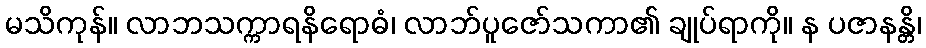
မသိကုန်။ လာဘသက္ကာရနိရောဓံ၊ လာဘ်ပူဇော်သကာ၏ ချုပ်ရာကို။ န ပဇာနန္တိ၊